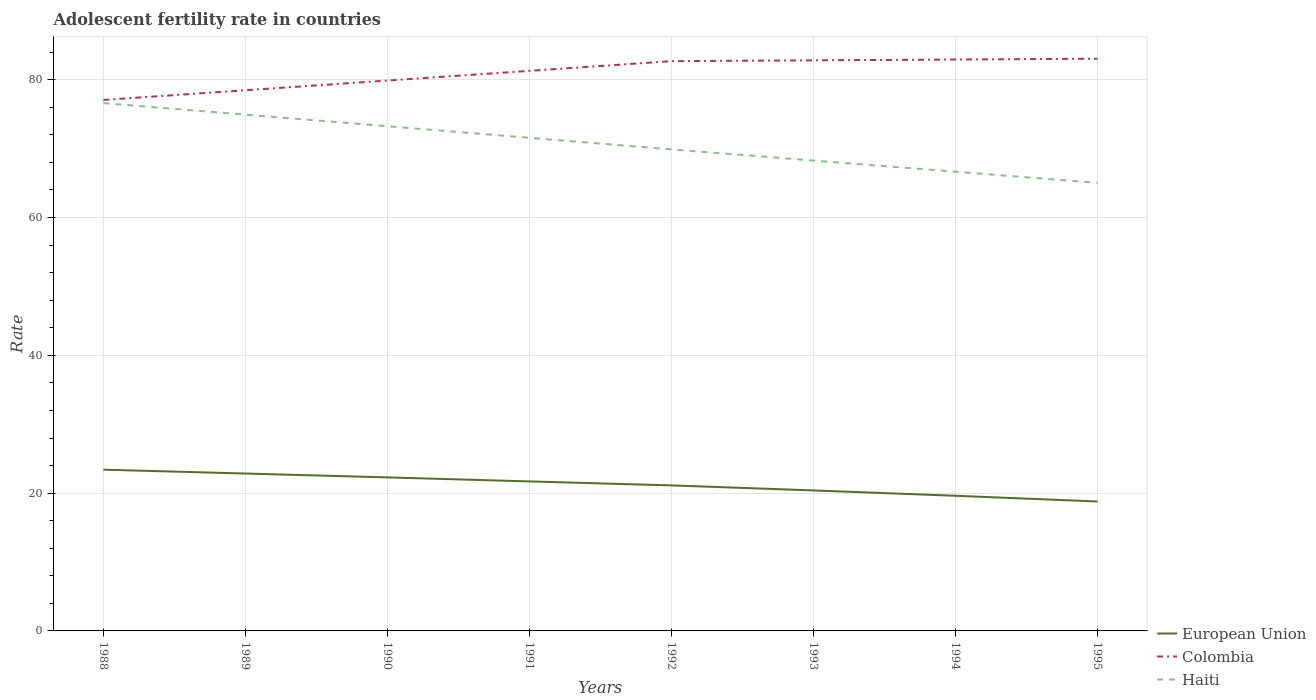
| Years | European Union | Colombia | Haiti |
 | --- | --- | --- | --- |
 | 1988 | 23.4 | 77.1 | 76.6 |
 | 1989 | 22.8 | 78.5 | 74.9 |
 | 1990 | 22.3 | 79.9 | 73.3 |
 | 1991 | 21.7 | 81.3 | 71.6 |
 | 1992 | 21.1 | 82.7 | 69.9 |
 | 1993 | 20.4 | 82.8 | 68.3 |
 | 1994 | 19.6 | 82.9 | 66.7 |
 | 1995 | 18.8 | 83.1 | 65 |